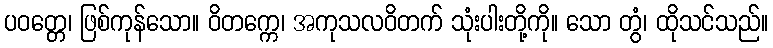
ပဝတ္တေ၊ ဖြစ်ကုန်သော။ ဝိတက္ကေ၊ အကုသလဝိတက် သုံးပါးတို့ကို။ သော တွံ၊ ထိုသင်သည်။